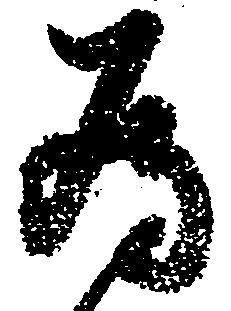
為